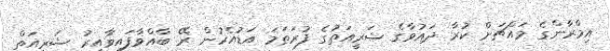
އިމްރާންގެ މައްޗަށް ކުރާ ދައުވާގެ ޝަރީއަތުގެ ފުރަތަމަ އަޑުއެހުން ރޭ ބާއްވާފައިވާއިރު ޝަރީއަތް